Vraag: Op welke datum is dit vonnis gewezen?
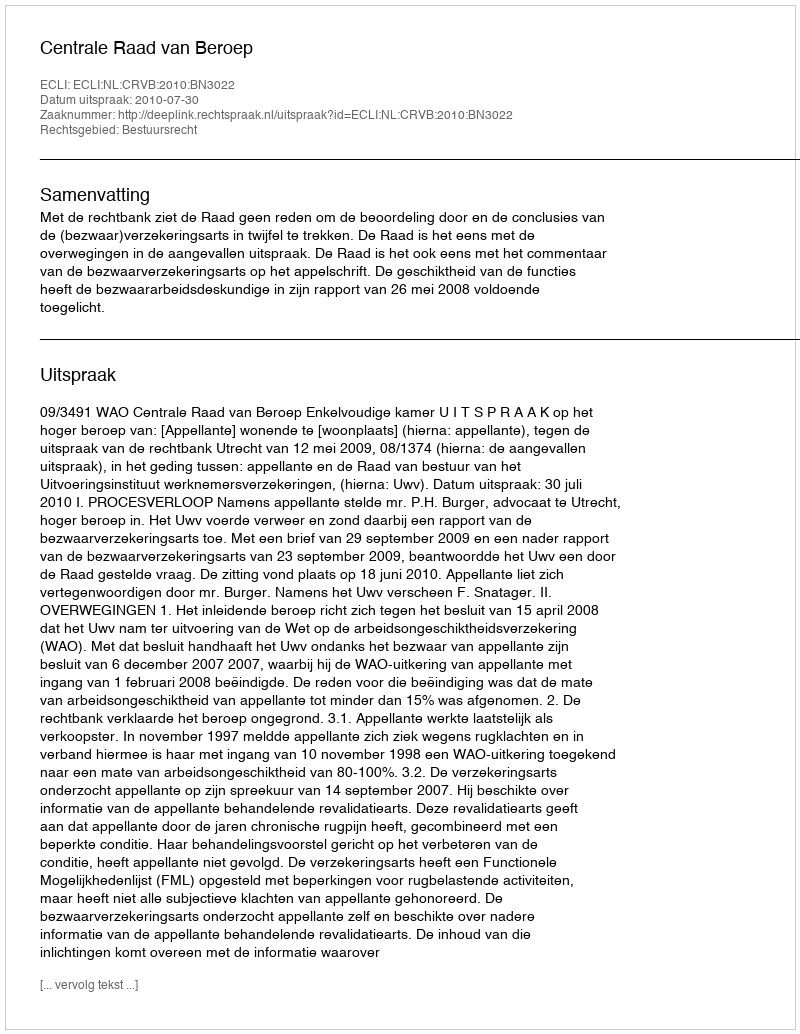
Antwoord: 2010-07-30